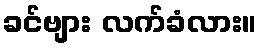
ခင်ဗျား လက်ခံလား။